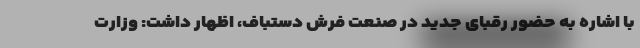
با اشاره به حضور رقبای جدید در صنعت فرش دستباف، اظهار داشت: وزارت